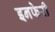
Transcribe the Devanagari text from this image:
इनफेरी